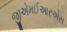
જીએમઈઆરએસ